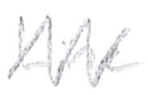
Text: Line
Cross-out: zig-zag
Writing tool: pencil